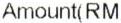
AMOUNT(RM